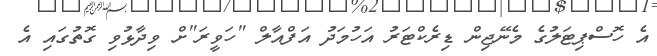
އެ ހޮސްޕިޓަލުގެ މެނޭޖިން ޑިރެކްޓަރު އަހުމަދު އަފްއާލް "ހަވީރަ"ށް ވިދާޅުވި ގޮތުގައި އެ